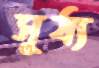
সূর্য্য